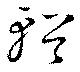
輶